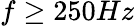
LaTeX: f\geq 250Hz